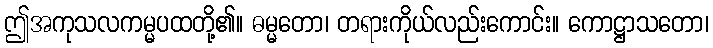
ဤအကုသလကမ္မပထတို့၏။ ဓမ္မတော၊ တရားကိုယ်လည်းကောင်း။ ကောဋ္ဌာသတော၊